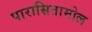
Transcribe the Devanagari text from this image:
पारासितामोल